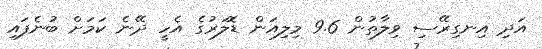
އަދި އިނގިރޭސި ވިލާތުން 9.6 މިލިއަން ޑޮލަރުގެ އެހީ ދޭނެ ކަމަށް ބުނެފައި